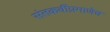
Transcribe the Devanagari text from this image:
संतकवींप्रमाणेच